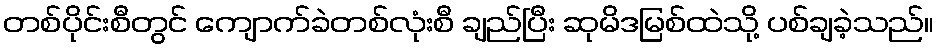
တစ်ပိုင်းစီတွင် ကျောက်ခဲတစ်လုံးစီ ချည်ပြီး ဆုမိဒမြစ်ထဲသို့ ပစ်ချခဲ့သည်။